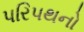
પરિપથનો